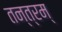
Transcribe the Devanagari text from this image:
तन्त्रम्